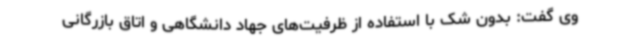
وی گفت: بدون شک با استفاده از ظرفیت‌های جهاد دانشگاهی و اتاق بازرگانی